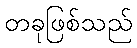
တခုဖြစ်သည်